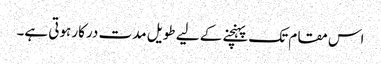
اس مقام تک پہنچنے کے لیے طویل مدت درکار ہوتی ہے۔